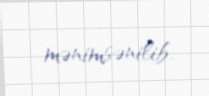
mənimsənilib.